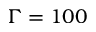
\Gamma = 1 0 0